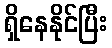
ရှိနေနိုင်ပြီး